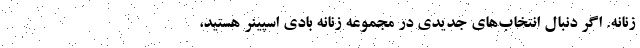
زنانه. اگر دنبال انتخاب‌های جدیدی در مجموعه زنانه بادی اسپینر هستید،